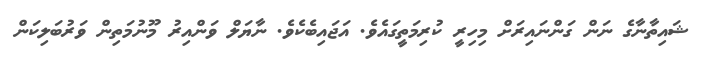
ޝައިތާނާގެ ނަން ގަންނައިރަށް މިހިރީ ކުރިމަތީގައެވެ. އަޖައިބެކެވެ. ނާޔަލް ވަންއިރު މޫނުމަތިން ވަރުބަލިކަން